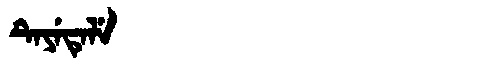
Manchu: ᡨᡝᠶᡝᡨᡝᠯᡝ
Romanization: TEYETELE